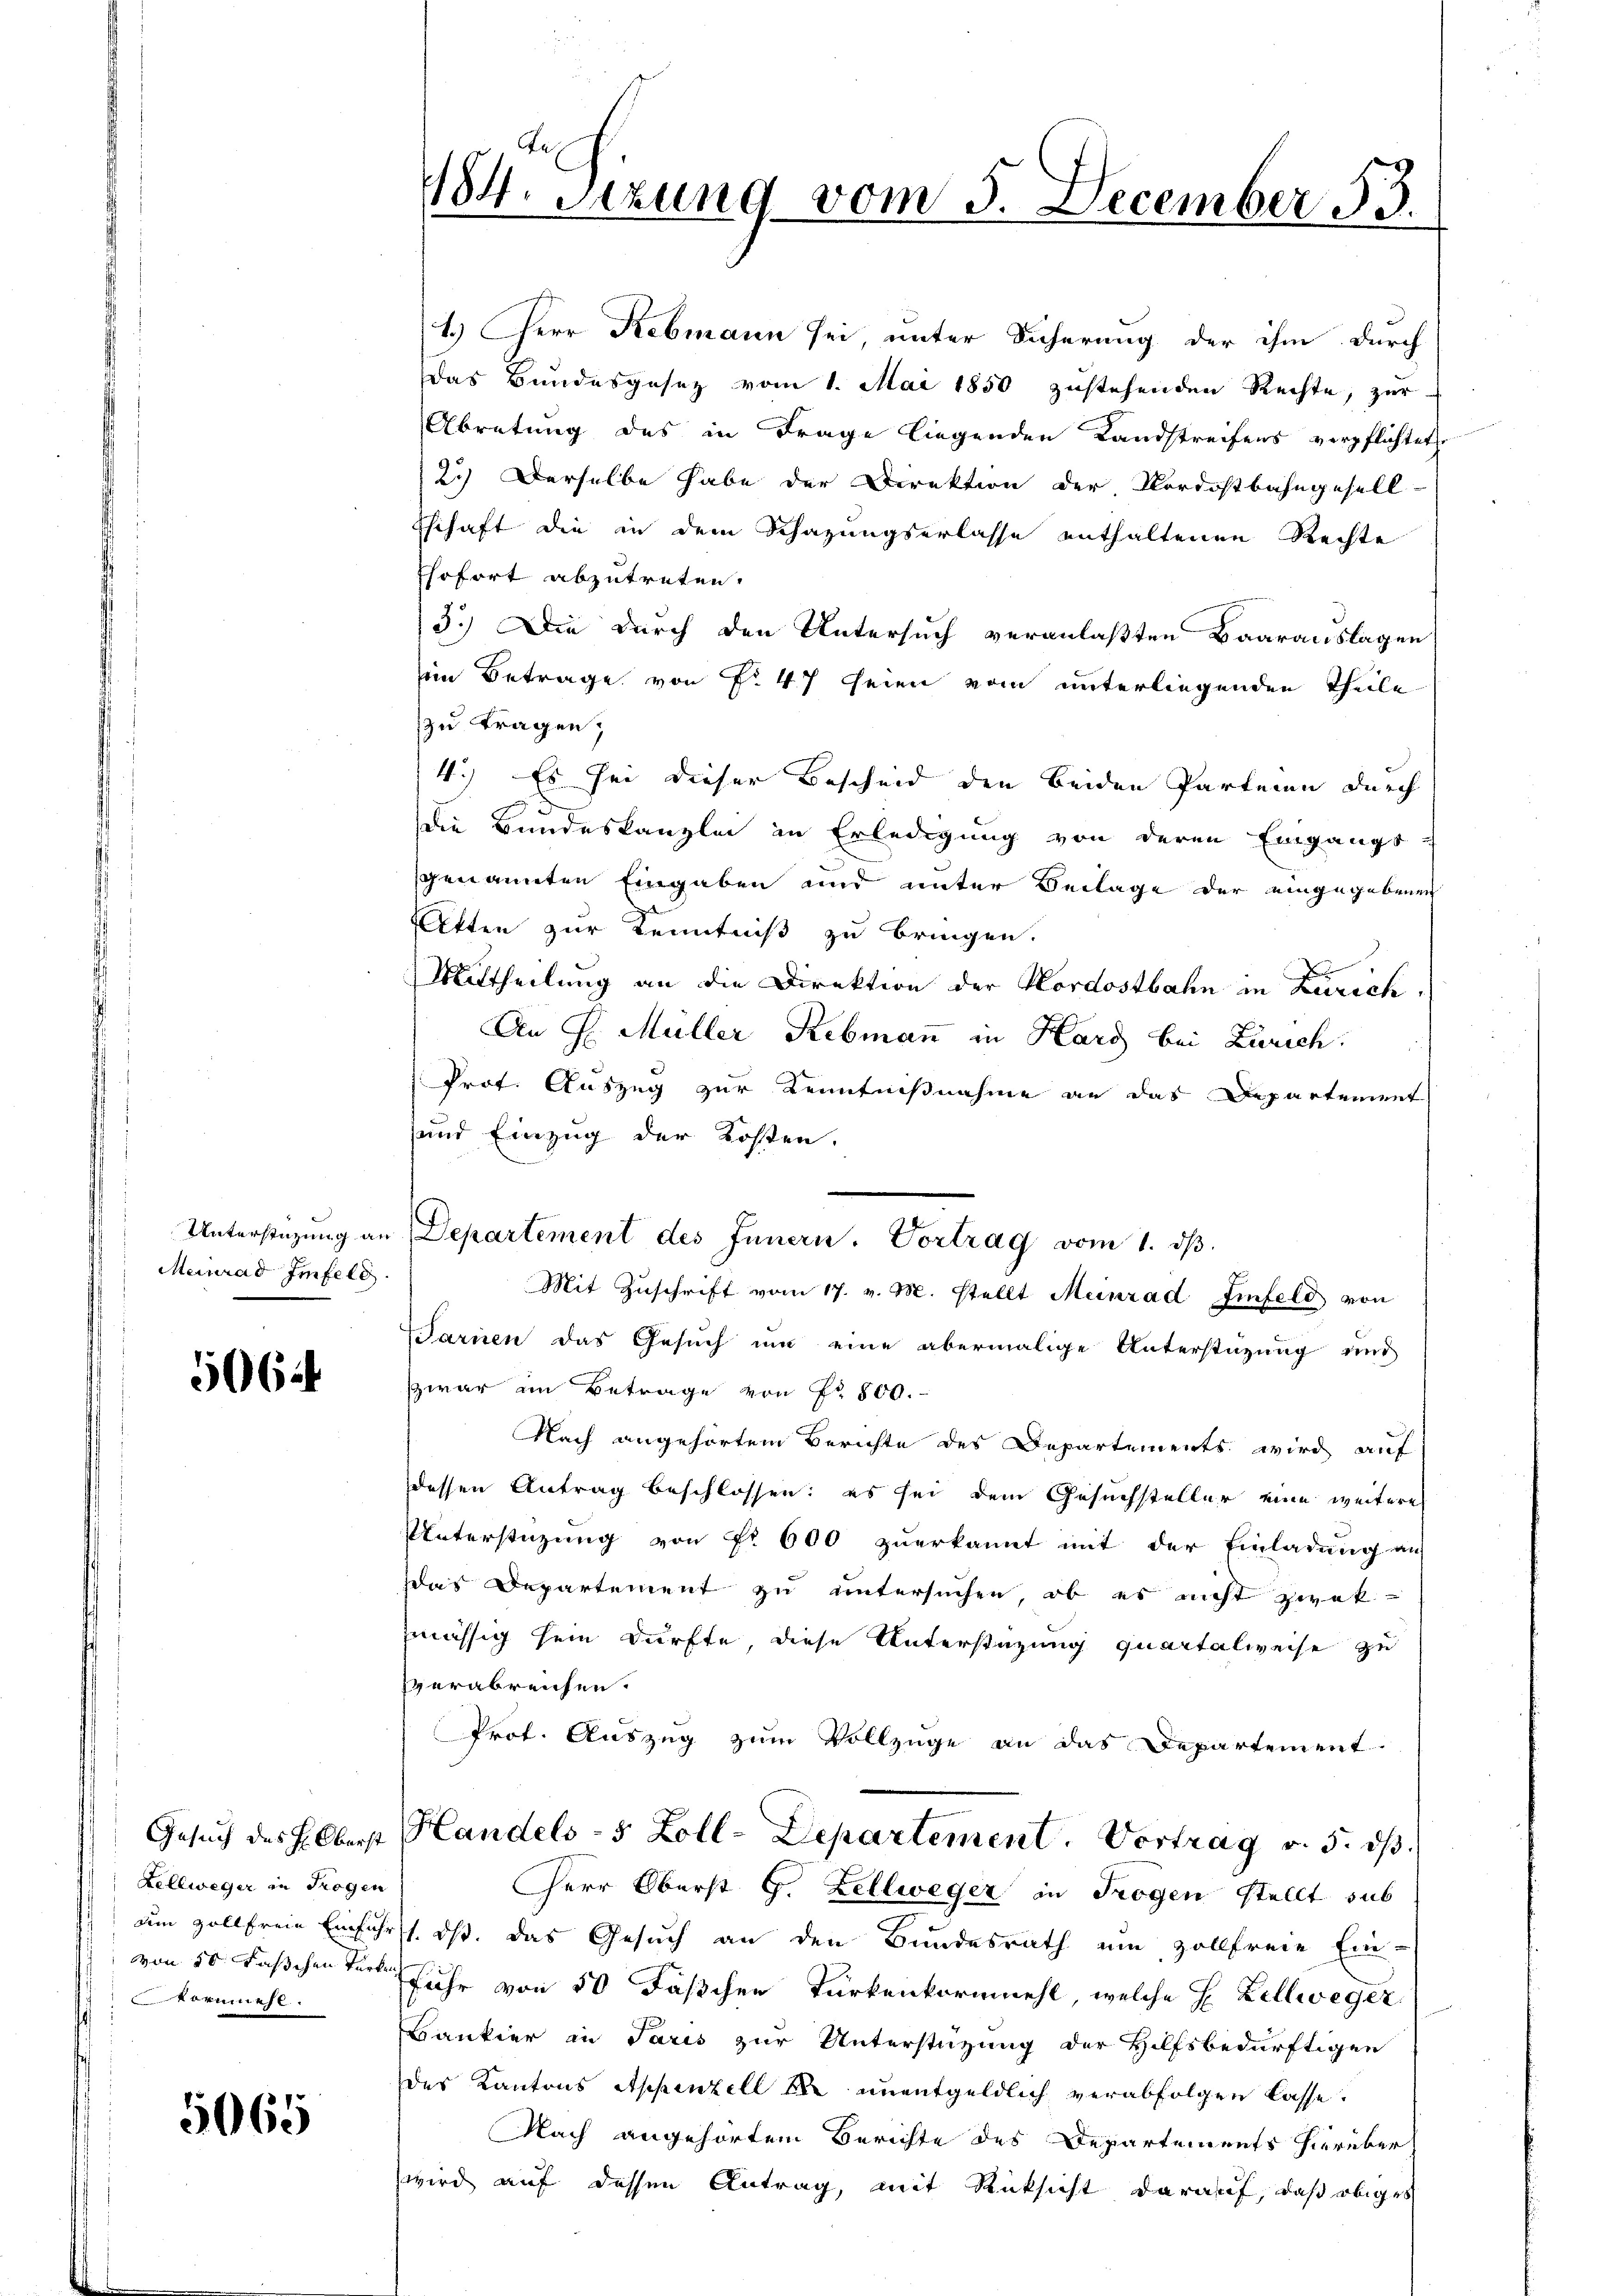
Meinrad Imfelb

506

Zellweger in Trogen
Vormieht.

5065

1.) Herr Rebmann sei, unter Sicherung der ihm durch
Das Bundesgesez vom 1. Mai 1850 zustehenden Rechte, zur
Abretung des in Frage liegenden Landstreifens verpflichtet
2.) Derselbe habe der Direktion der Nordostbahngesell-
Eschaft die in dem Schazungserlasse enthaltenen Rechte
Esofort abzutreten.
3.) Die durch den Untersuch veranlaßten Baarauslagen
iin Betrage von § 47 seien vom unterliegenden Theile
zu tragen;
4.) Es sei dieser Bescheid den beiden Parteien durch

die Bundeskanzlei in Erledigung von deren Eingangs-
genannten Eingaben und unter Beilage der eingegebenen
tten zur Kenntniß zu bringen.
Mittheilung an die Direktion der Nordostbahn in Zürich
An H. Müller Rebmann in Hard bei Zürich.
Prof. Auszug zur Kenntnißnahme an das Departement
und Einzug der Kosten.
Tarnen das Gesuch um eine abermalige Unterstützung mit
zwar im Betrage von Nr. 800.
Nach angehörtem Berichte des Departements wird auf
dessen Antrag beschlossen: es sei dem Gesuchsteller eine weitere
Unterstüzung von Fr. 600 zuerkannt mit der Einladung an
das Departement zu untersuchen, ob es nicht zwek
mässig sein dürfte, diese Unterstüzung quartalweise zu
verabreichen.
Prot. Auszug zum Vollzüge an das Departement.
Gesuch des H. Oberst Handels- 5 Zoll-Departement. Vortrag v. 5. ds.
Herr Oberst G. Zellweger in Trogen stellt sub
um zollfreie Einfuhrst. ds. das Gesuch an den Bundesrath um zollfreie Ein-
von 50 Faschen Verte Fuhr von 50 Fäschen Turkenkornmehl, welche E. Zellweger
Bankier in Paris zur Unterstützung der Hilfsbedürftigen
des Kantons Appenzell die unentgeldlich verabfolgen lasse.
Nach angehörtem Berichte des Departements hierüber
wird auf dessen Antrag, mit Rücksicht darauf, daß obiges

184. Setzung vom 5. December 153.

Unterstüzung an Departement des Innern. Vortrag vom 1. dβ.
Mit Zuschrift vom 17. v. M. stellt Meinrad Iinfeld von